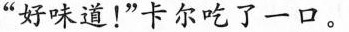
“好味道！”卡尔吃了一口。